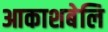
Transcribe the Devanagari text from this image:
आकाशबेलि